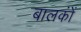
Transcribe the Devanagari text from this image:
बालकोंं